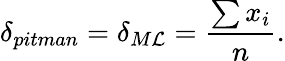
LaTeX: \delta_{pitman}=\delta_{M\mathcal{L}}={\frac{{\sum{x_{i}}}}{{n}}}.